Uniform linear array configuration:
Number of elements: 16
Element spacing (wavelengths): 1
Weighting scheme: binomial
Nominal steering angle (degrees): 30
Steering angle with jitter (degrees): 29.931
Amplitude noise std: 0.05
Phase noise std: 0.05

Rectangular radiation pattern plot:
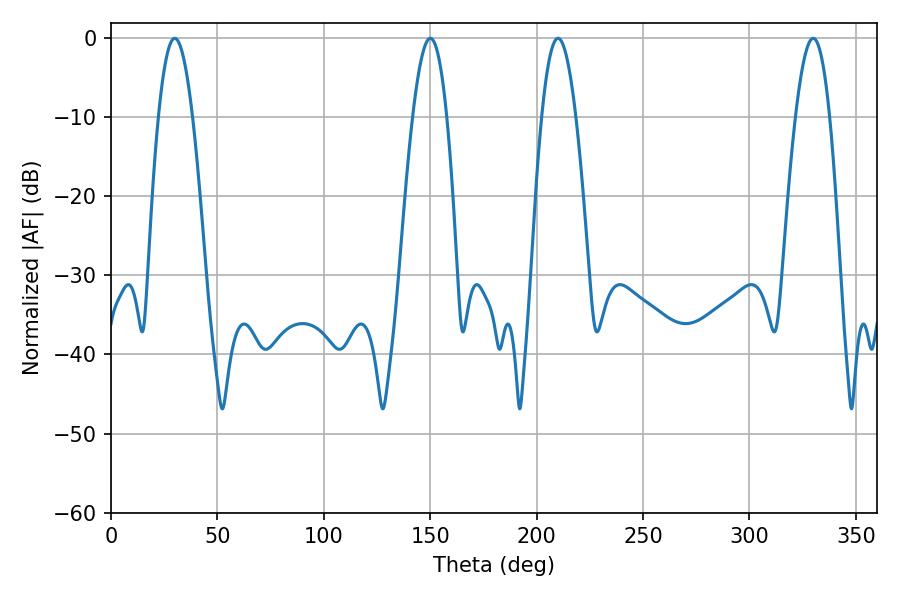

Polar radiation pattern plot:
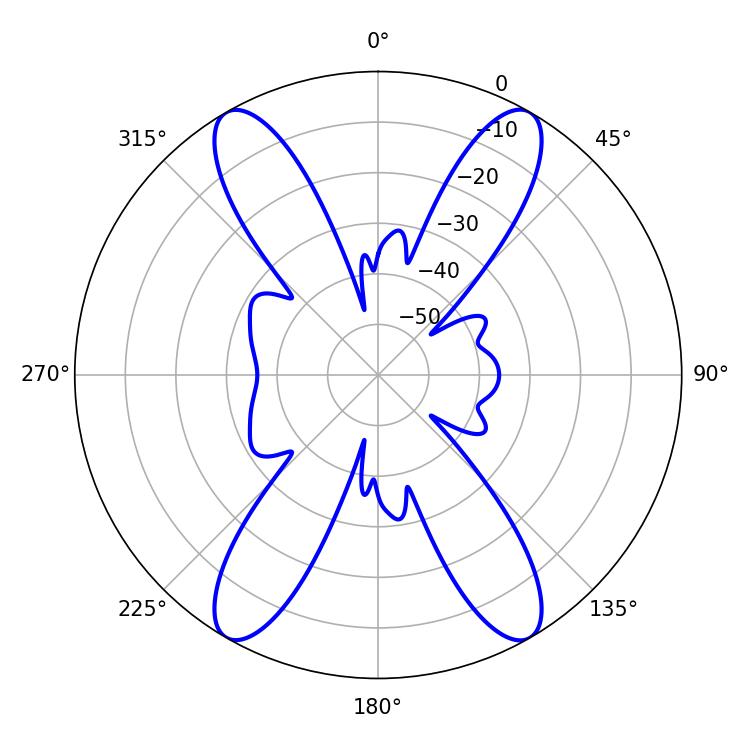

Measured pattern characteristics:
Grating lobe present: TRUE
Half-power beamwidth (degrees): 8.82
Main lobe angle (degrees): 210.06